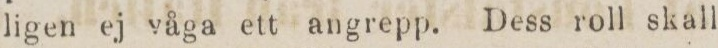
ligen ej våga ett angrepp. Dess roll skall